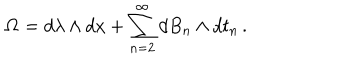
{ \bf \Omega } = d \lambda \wedge d x + \sum _ { n = 2 } ^ { \infty } d B _ { n } \wedge d t _ { n } \, .